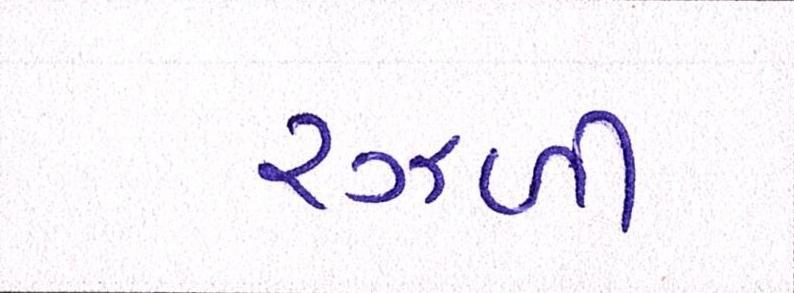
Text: રઝ્ળી